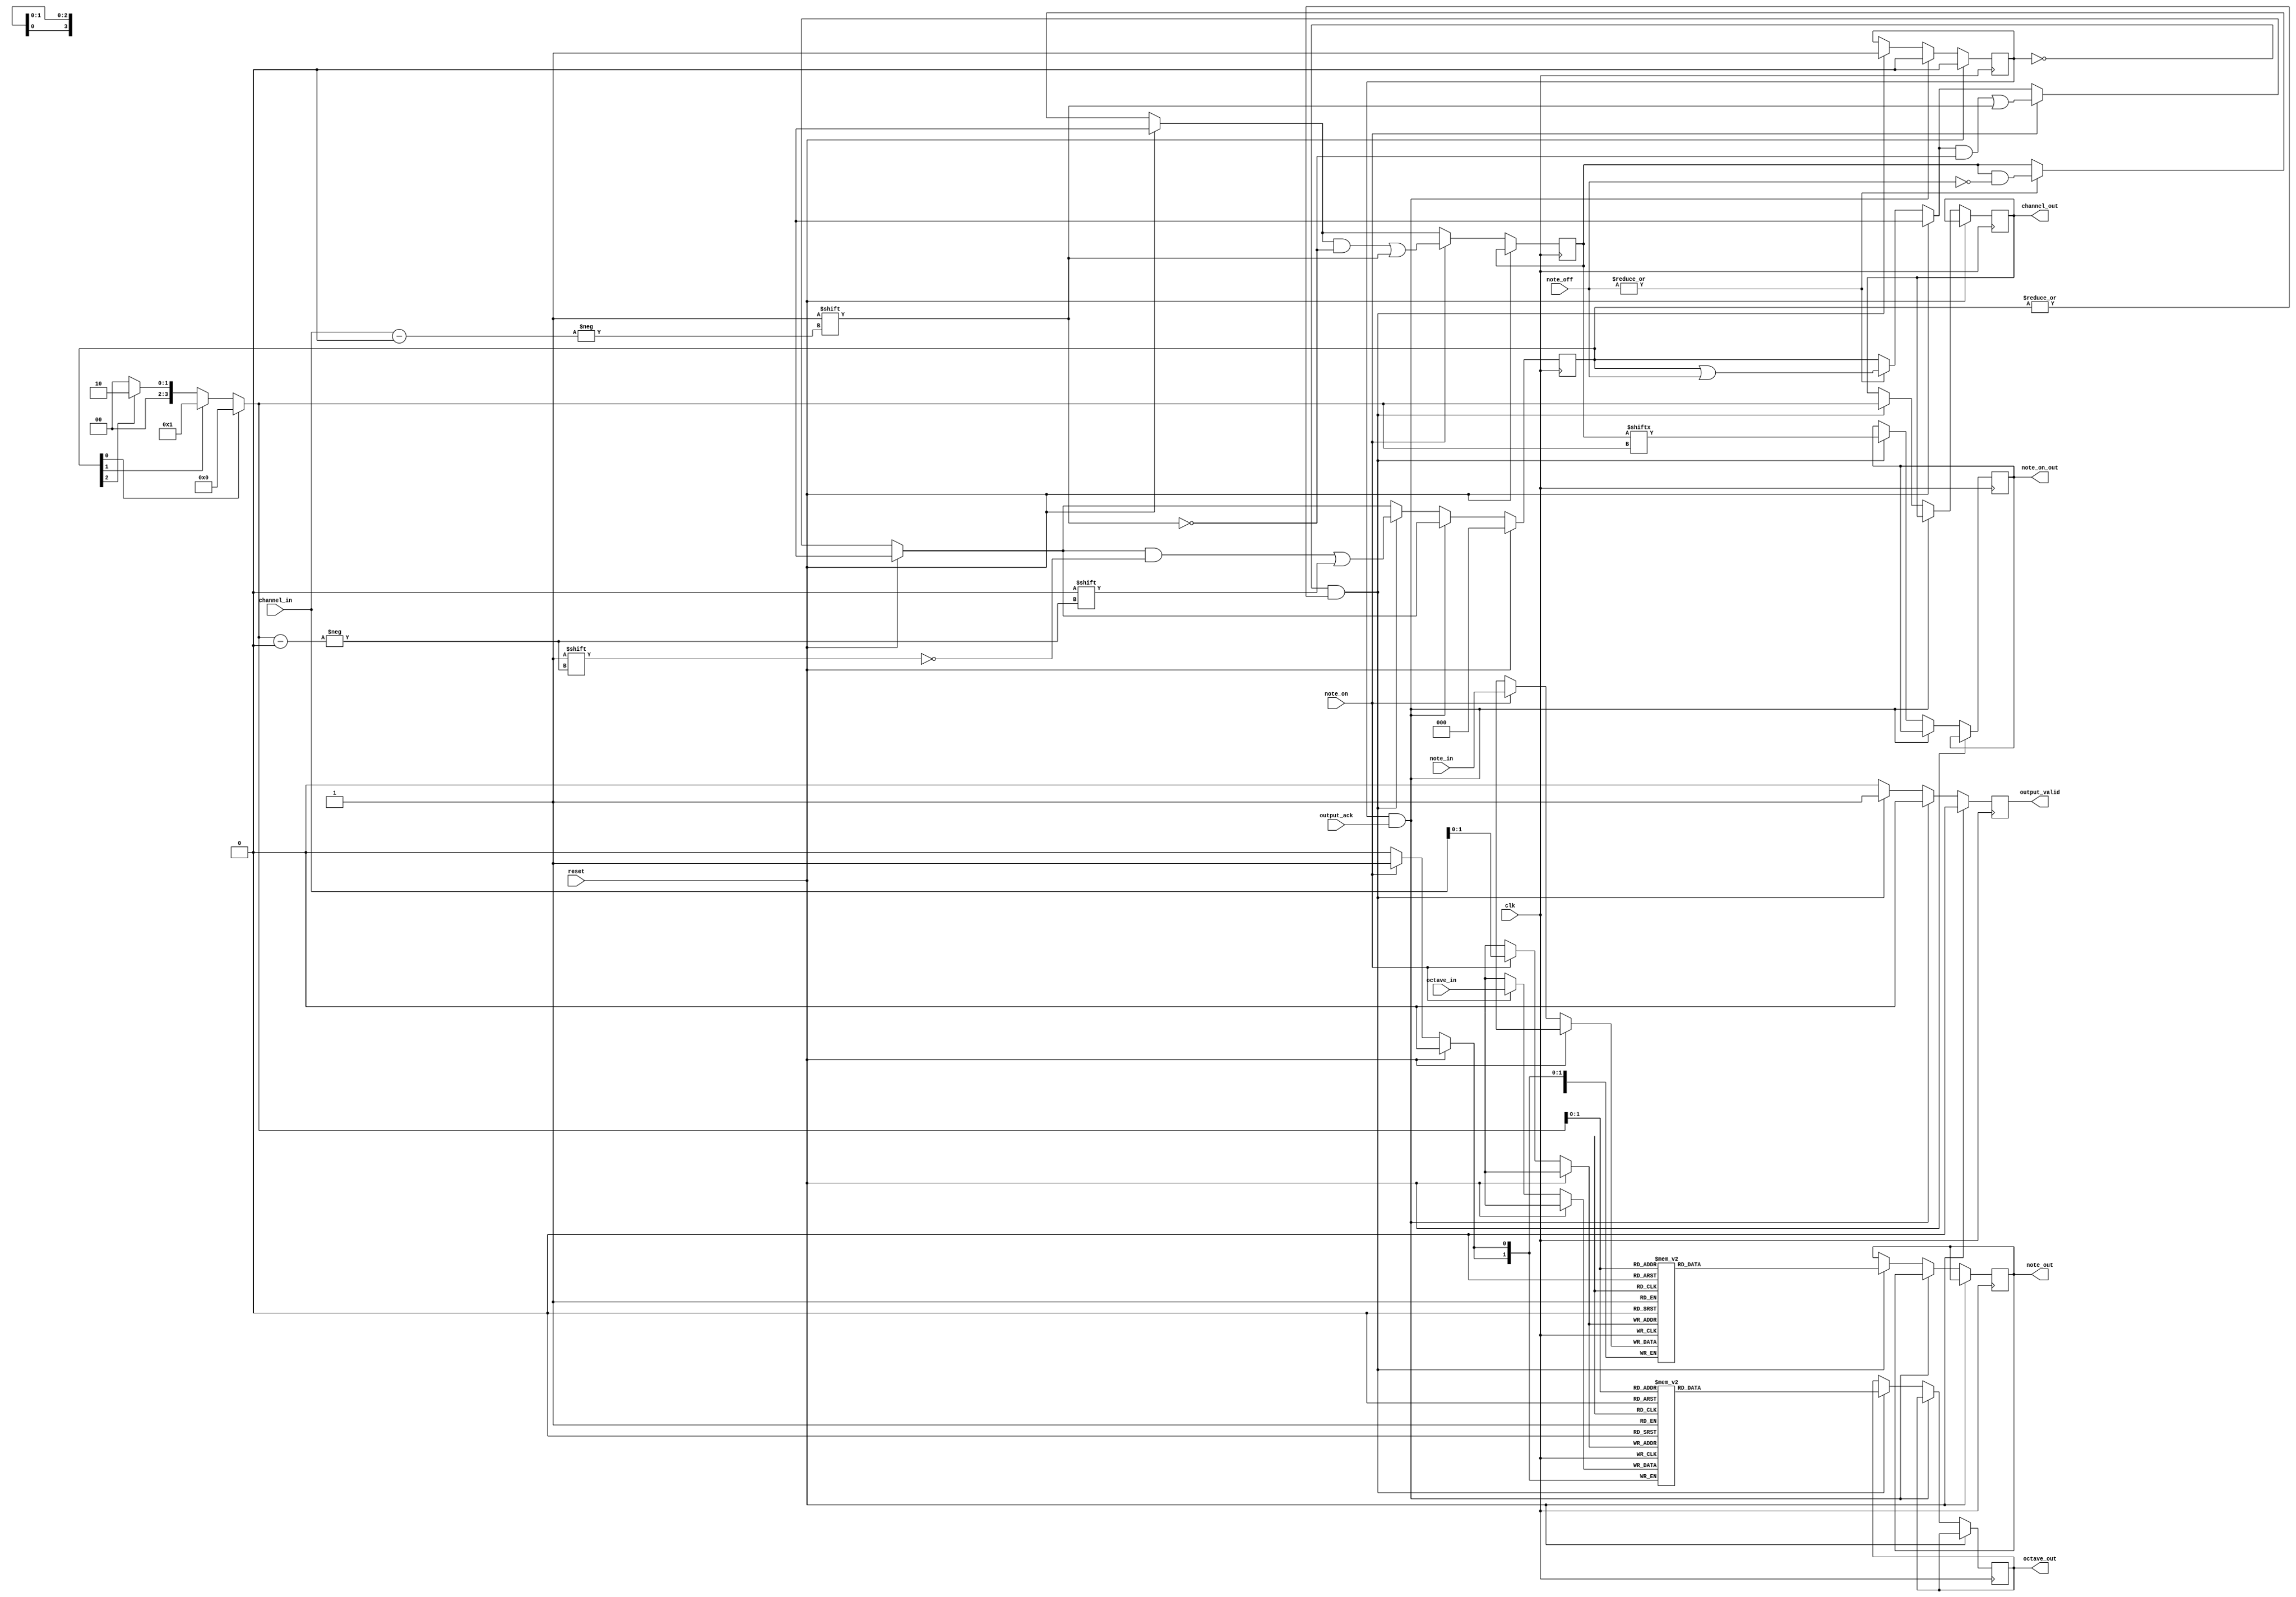
module midi_status_input_buffer #(
    parameter [3:0] CHANNELS = 3
) (
    input clk,
    input reset,

    input note_on,
    input [3:0] note_in,
    input [1:0] octave_in,
    input [3:0] channel_in,

    input [CHANNELS - 1:0] note_off,

    // Output to encode

    output reg note_on_out,
    output reg [3:0] note_out,
    output reg [1:0] octave_out,
    output reg [3:0] channel_out,
    output reg output_valid,
    input output_ack
);
    reg [CHANNELS - 1:0] channels_pending;

    reg [3:0] note_mem [0:CHANNELS - 1];
    reg [1:0] octave_mem [0:CHANNELS - 1];
    reg [CHANNELS - 1:0] note_on_mem;

    reg awaiting_ack;

    always @(posedge clk) begin
        if (reset) begin
            output_valid <= 0;
            channels_pending <= 0;
            awaiting_ack <= 0;
        end else begin
            if (|note_off) begin
                note_on_mem <= note_on_mem & ~note_off;
                channels_pending <= channels_pending | note_off;
            end

            if (note_on) begin
                note_mem[channel_in] <= note_in;
                note_on_mem[channel_in] <= 1;
                octave_mem[channel_in] <= octave_in;
                channels_pending[channel_in] <= 1;
            end

            output_valid <= 0;

            if (awaiting_ack && output_ack) begin
                awaiting_ack <= 0;
            end else if (!awaiting_ack && |channels_pending) begin
                channel_out <= next_queued_channel;
                note_out <= note_mem[next_queued_channel];
                note_on_out <= note_on_mem[next_queued_channel];
                octave_out <= octave_mem[next_queued_channel];

                channels_pending[next_queued_channel] <= 0;

                awaiting_ack <= 1;
                output_valid <= 1;
            end
        end
    end

    reg [3:0] next_queued_channel;

    integer i;
    always @* begin
        next_queued_channel = 0;

        for (i = CHANNELS - 1; i >= 0; i = i - 1) begin
            if (channels_pending[i]) begin
                next_queued_channel = i;
            end
        end
    end

endmodule